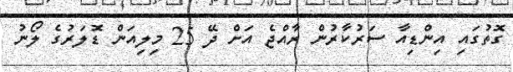
ގޮތުގައި އިންޑިއާ ސަރުކާރުން ރާއްޖެ އަށް ދޭ 25 މިލިއަން ޑޮލަރުގެ ލޯނު